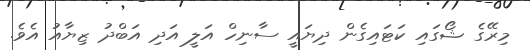
މިރޭގެ ޝޯގައި ކަޓައިގެން ދިޔައީ ސާނިހް އަލީ އަދި އަބްދު ޒިޔާއު އެވެ.